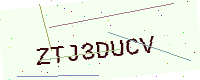
Text: ZTJ3DUCV